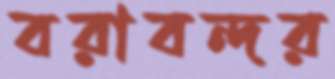
বরাবন্দর